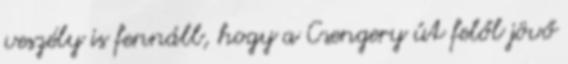
veszély is fennáll, hogy a Csengery út felől jövő